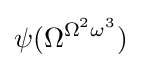
\psi (\Omega ^{\Omega ^{2}\omega ^{3}})